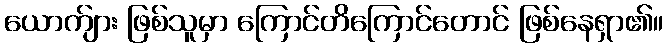
ယောက်ျား ဖြစ်သူမှာ ကြောင်တိကြောင်တောင် ဖြစ်နေရှာ၏။